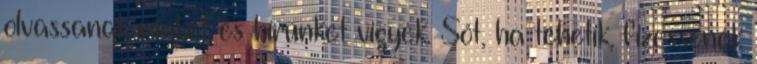
olvassanak minket és hírünket vigyék. Sőt, ha tehetik, fizessenek